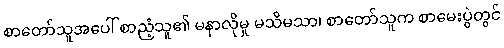
စာတော်သူအပေါ် စာညံ့သူ၏ မနာလိုမှု မသိမသာ၊ စာတော်သူက စာမေးပွဲတွင်